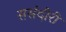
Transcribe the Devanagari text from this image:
ससंदीरी